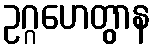
ဥဂ္ဂဟေတွာန